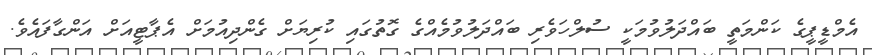
އެމްޑީޕީގެ ކަންމަތީ ބައްދަލުވުމަކީ ސުލްހަވެރި ބައްދަލުވުމެއްގެ ގޮތުގައި ކުރިޔަށް ގެންދިއުމަށް އެޕާޓީއަށް އަންގާފައެވެ.